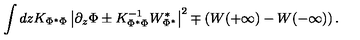
\int d z K _ { \Phi ^ { * } \Phi } \left| \partial _ { z } \Phi \pm K _ { \Phi ^ { * } \Phi } ^ { - 1 } W _ { \Phi ^ { * } } ^ { * } \right| ^ { 2 } \mp \left( W ( + \infty ) - W ( - \infty ) \right) .